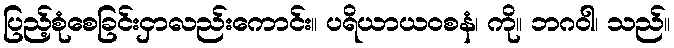
ပြည့်စုံစေခြင်းငှာလည်းကောင်း။ ပရိယာယဝစနံ၊ ကို။ ဘဂဝါ၊ သည်။